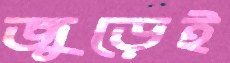
জুড়েই